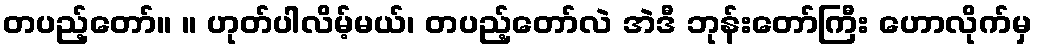
တပည့်တော်။ ။ ဟုတ်ပါလိမ့်မယ်၊ တပည့်တော်လဲ အဲဒီ ဘုန်းတော်ကြီး ဟောလိုက်မှ